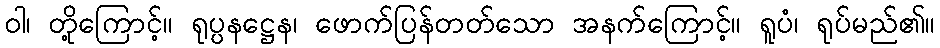
ဝါ၊ တို့ကြောင့်။ ရုပ္ပနဋ္ဌေန၊ ဖောက်ပြန်တတ်သော အနက်ကြောင့်။ ရူပံ၊ ရုပ်မည်၏။